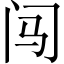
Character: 闯